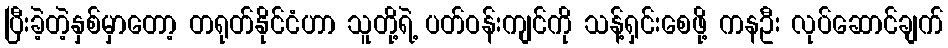
ပြီးခဲ့တဲ့နှစ်မှာတော့ တရုတ်နိုင်ငံဟာ သူတို့ရဲ့ ပတ်ဝန်းကျင်ကို သန့်ရှင်းစေဖို့ ကနဦး လုပ်ဆောင်ချက်